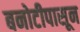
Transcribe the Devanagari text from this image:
बनोटीपासून